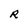
Character: R